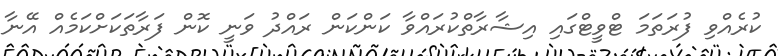
ކުރެއްވި ފުރަތަމަ ޓްވީޓްގައި އިޝާރާތްކުރައްވާ ކަންކަން ރައްދު ވަނީ ކޮން ފަރާތަކަށްކަމެއް އޭނާ